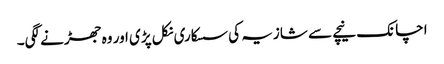
اچانک نیچے سے شازیہ کی سسکاری نکل پڑی اور وہ جھڑنے لگی۔